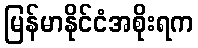
မြန်မာနိုင်ငံအစိုးရက